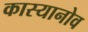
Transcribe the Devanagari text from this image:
कास्यानोव